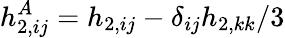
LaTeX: h_{2,ij}^{A}=h_{2,ij}-\delta_{ij}h_{2,kk}/3